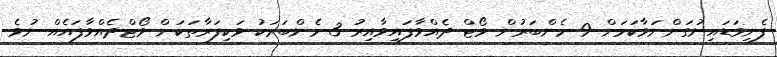
ފެނިވަޑައިނުގަންނަވާކަމަށް 9 މެންބަރުން ވޯޓް ދެއްވާފައިވާއިރު 3 މެންބަރަކު ވަކިފަރާތަކަށް ވޯޓްދެއްވާފައެއް ނުވެ